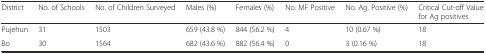
<table><thead><tr><td><b>District</b></td><td><b>No. of Schools</b></td><td><b>No. of Children Surveyed</b></td><td><b>Males (%)</b></td><td><b>Females (%)</b></td><td><b>No. MF Positive</b></td><td><b>No. Ag. Positive (%)</b></td><td><b>Critical Cut-off Value for Ag positives</b></td></tr></thead><tbody><tr><td>Pujehun</td><td>31</td><td>1503</td><td>659 (43.8 %)</td><td>844 (56.2 %)</td><td>4</td><td>10 (0.67 %)</td><td>18</td></tr><tr><td>Bo</td><td>30</td><td>1564</td><td>682 (43.6 %)</td><td>882 (56.4 %)</td><td>0</td><td>3 (0.16 %)</td><td>18</td></tr></tbody></table>